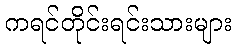
ကရင်တိုင်းရင်းသားများ